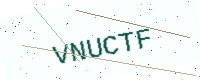
Text: VNUCTF